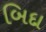
બિદા